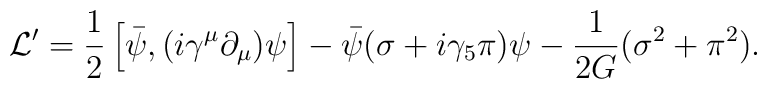
{\cal L}' = \frac{1}{2} \left[ \bar{\psi}, (i\gamma^{\mu}\partial_{\mu}) \psi \right] -\bar{\psi} (\sigma + i \gamma_5 \pi) \psi - \frac{1}{2G} (\sigma^2 + \pi^2) .